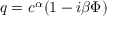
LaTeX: q = c ^ { \alpha } ( 1 - i \beta \Phi )